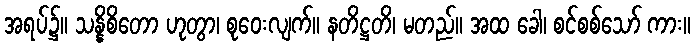
အရပ်၌။ သန္နိစိတော ဟုတွာ၊ စုဝေးလျက်။ နတိဋ္ဌတိ၊ မတည်။ အထ ခေါ၊ စင်စစ်သော် ကား။